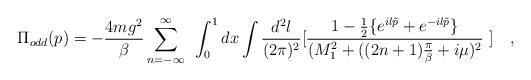
LaTeX: \begin{align*}\Pi_{odd}(p) = -\frac {4mg^2}{\beta}\sum _{n=- \infty}^{\infty}~\int_{0}^{1} dx \int \frac {d^2l}{(2\pi)^2} [\frac {1 - \frac{1}{2}\{e^{il\tilde p} + e^{-il\tilde p} \} }{(M_1^2 + ((2n+1)\frac {\pi}{\beta} +i\mu )^2}~] ~~~,\end{align*}